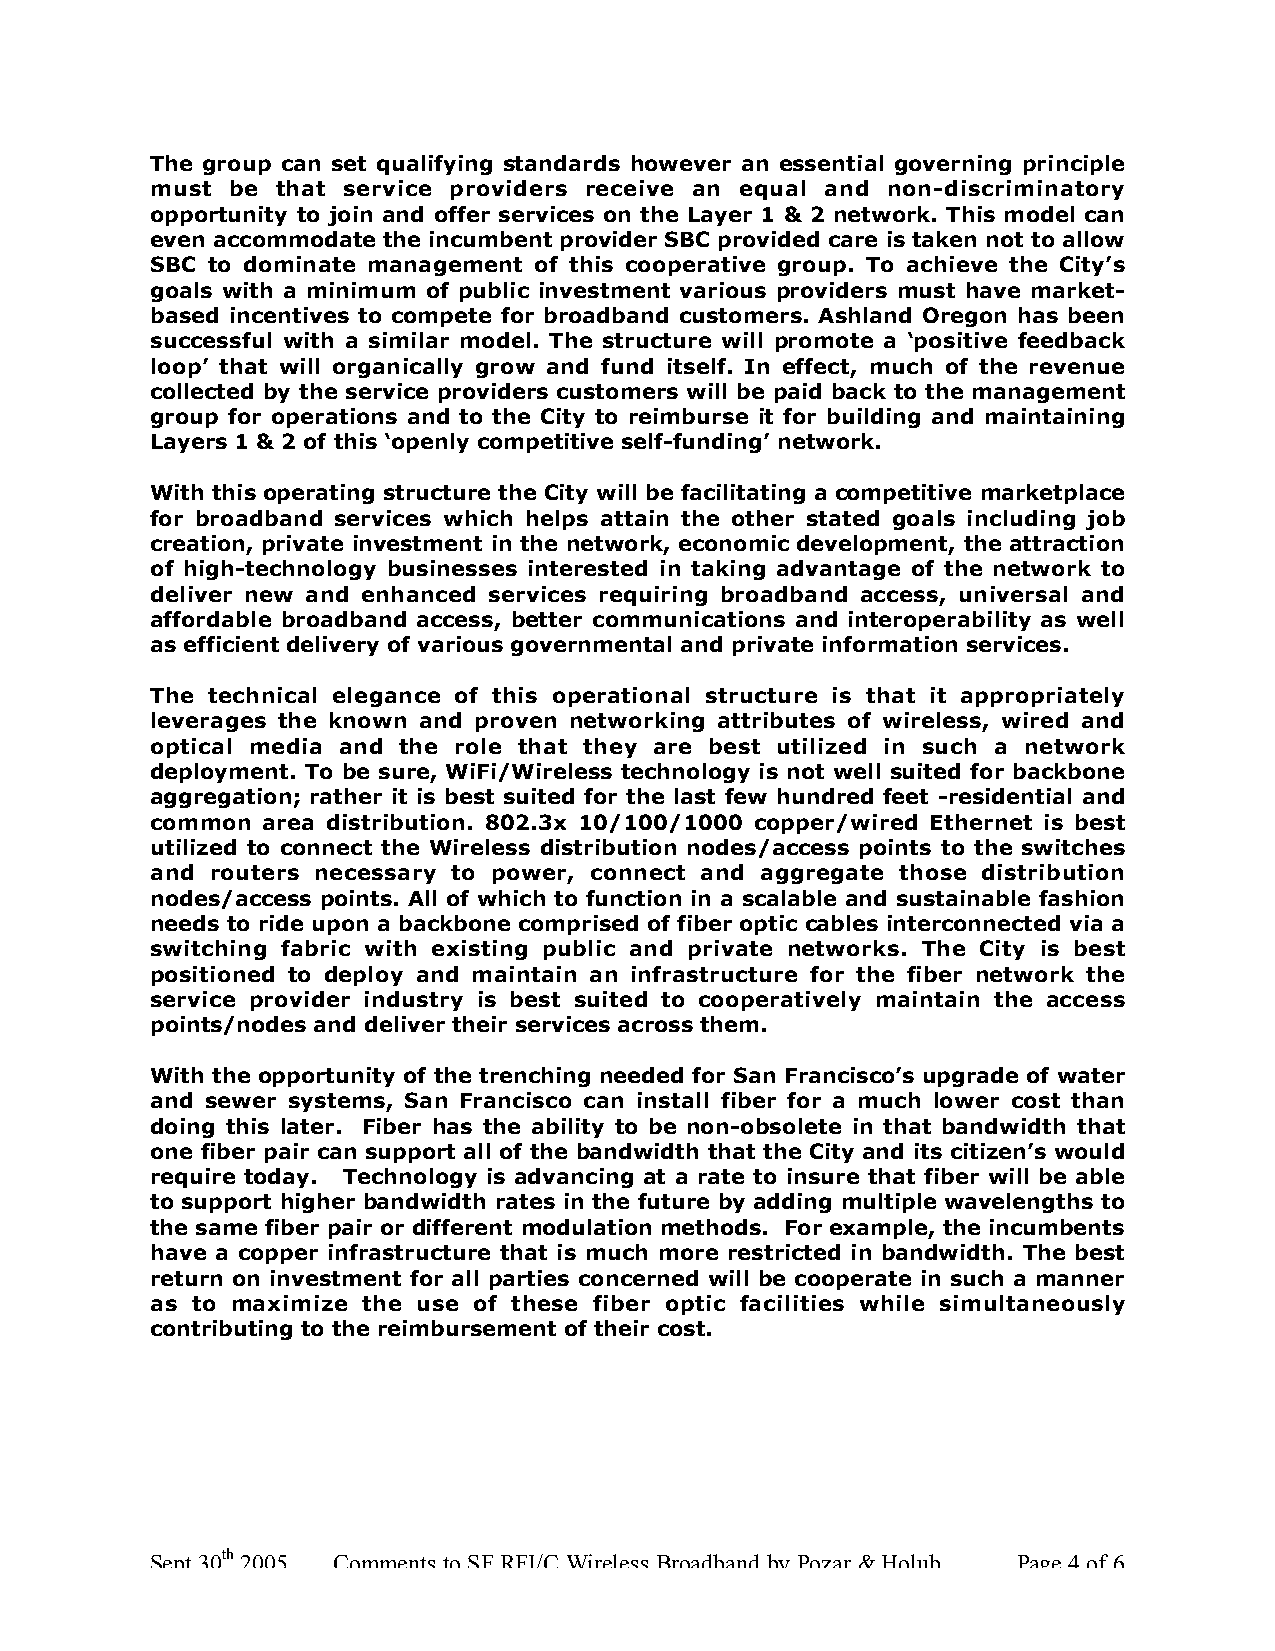
The group can set qualifying standards however an essential governing principle
 must be that service providers receive an equal and non-discriminatory
 opportunity to join and offer services on the Layer 1 & 2 network. This model can
 even accommodate the incumbent provider SBC provided care is taken not to allow
 SBC to dominate management of this cooperative group. To achieve the City’s
 goals with a minimum of public investment various providers must have market-
 based incentives to compete for broadband customers. Ashland Oregon has been
 successful with a similar model. The structure will promote a ‘positive feedback
 loop’ that will organically grow and fund itself. In effect, much of the revenue
 collected by the service providers customers will be paid back to the management
 group for operations and to the City to reimburse it for building and maintaining
 Layers 1 & 2 of this ‘openly competitive self-funding’ network.
 With this operating structure the City will be facilitating a competitive marketplace
 for broadband services which helps attain the other stated goals including job
 creation, private investment in the network, economic development, the attraction
 of high-technology businesses interested in taking advantage of the network to
 deliver new and enhanced services requiring broadband access, universal and
 affordable broadband access, better communications and interoperability as well
 as efficient delivery of various governmental and private information services.
 The technical elegance of this operational structure is that it appropriately
 leverages the known and proven networking attributes of wireless, wired and
 optical media and the role that they are best utilized in such a network
 deployment. To be sure, WiFi/Wireless technology is not well suited for backbone
 aggregation; rather it is best suited for the last few hundred feet -residential and
 common area distribution. 802.3x 10/100/1000 copper/wired Ethernet is best
 utilized to connect the Wireless distribution nodes/access points to the switches
 and routers necessary to power, connect and aggregate those distribution
 nodes/access points. All of which to function in a scalable and sustainable fashion
 needs to ride upon a backbone comprised of fiber optic cables interconnected via a
 switching fabric with existing public and private networks. The City is best
 positioned to deploy and maintain an infrastructure for the fiber network the
 service provider industry is best suited to cooperatively maintain the access
 points/nodes and deliver their services across them.
 With the opportunity of the trenching needed for San Francisco’s upgrade of water
 and sewer systems, San Francisco can install fiber for a much lower cost than
 doing this later. Fiber has the ability to be non-obsolete in that bandwidth that
 one fiber pair can support all of the bandwidth that the City and its citizen’s would
 require today. Technology is advancing at a rate to insure that fiber will be able
 to support higher bandwidth rates in the future by adding multiple wavelengths to
 the same fiber pair or different modulation methods. For example, the incumbents
 have a copper infrastructure that is much more restricted in bandwidth. The best
 return on investment for all parties concerned will be cooperate in such a manner
 as to maximize the use of these fiber optic facilities while simultaneously
 contributing to the reimbursement of their cost.
 Sept 30th 2005 Comments to SF RFI/C Wireless Broadband by Pozar & Holub Page 4 of 6